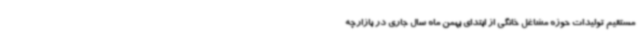
مستقیم تولیدات حوزه مشاغل خانگی از ابتدای بهمن ماه سال جاری در بازارچه